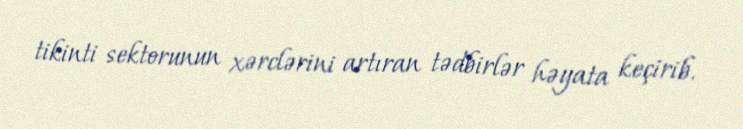
tikinti sektorunun xərclərini artıran tədbirlər həyata keçirib.